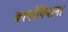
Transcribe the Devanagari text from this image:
कानोबियाना